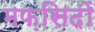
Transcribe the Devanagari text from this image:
मफ़सिदों